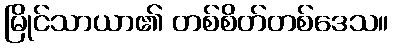
မြိုင်သာယာ၏ တစ်စိတ်တစ်ဒေသ။